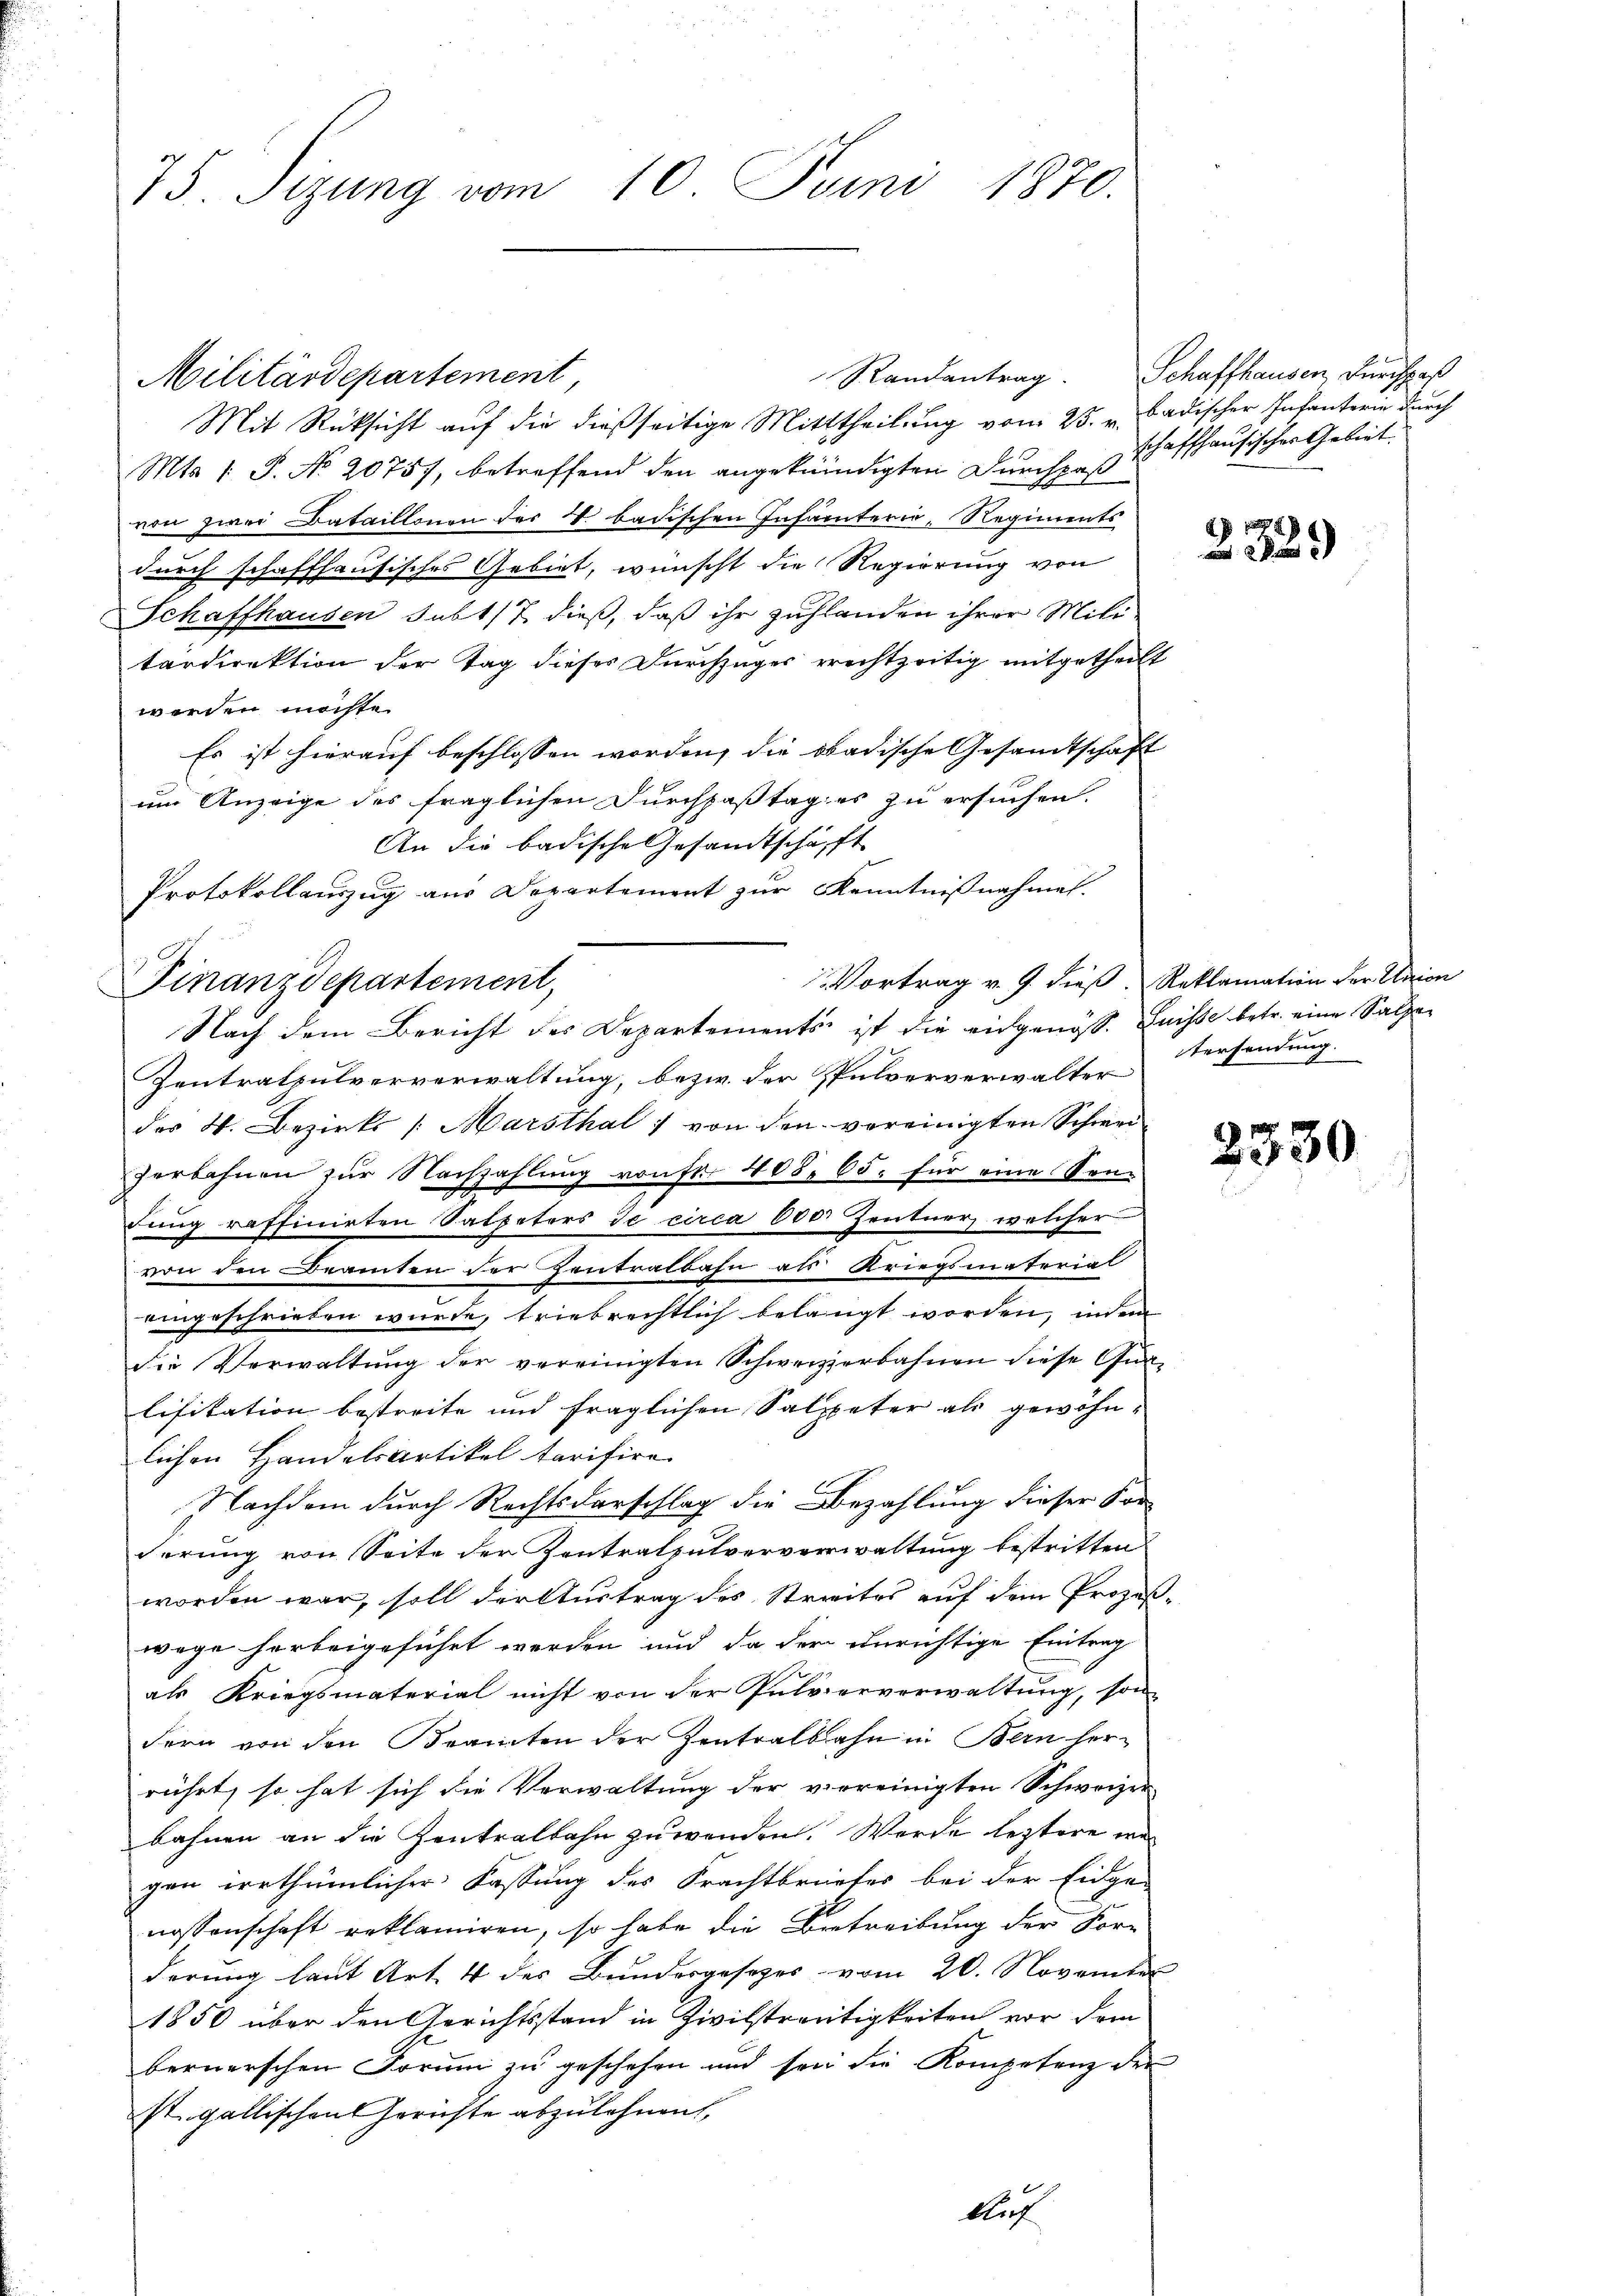
75. Sizung vom 10. Juni 1870.

Militärdepartement
Mit Rücksicht auf die dießseitige Mitttheilung vom 25. v. Badischer Infanterie durch
Mts. 1. P. No 20757, betreffend den angekündigten Durchpaß
von zwei Bataillonen der 4. badischen Infanterie-Regiments
durch schaffhausisches Gebiet, wünscht die Regierung von
Schaffhausen subt/7 dieß, daß ihr zuhlanden ihrer Militärdirektion der Tag dieses Durchzuger erechtzeitig mitgetheilt
werden möchte.
Es ist hierauf beschlossen worden, die obadische Gesandtschaft
um Anzeige des fraglichen Durchpaßtag es zu ersuchen.
An die badische Gesandtschäft
Protokollauszug aus Departement zur Kenntnißnahmen.
Nach dem Bericht des Departements ist die eidgenöss. Luisse betr. eine Salzen
Zentralpulververwaltung, bezw. der Pulververwalter
des H. Bezirks /: Marsthal 1 von den vereinigten Schwei-
zerbahnen zur Nachzahlung von Fr. 408. 65. für eine Son-
dung raffinirten Satpeters de circa 600 Zentner welcher
von den Beamten der Zentralbahn als Kriegsmaterial
eingeschrieben wurde, triebrechtlich belangt worden, indem
die Verwaltŭng der vereinigten Schweizerbahnen diese Gun-
lifikation bestreite und fraglichen Salpeter als gewöhnlichen Handelsartikel tarifire.
Nachdem durch Rechtsdarschlag die Bezahlung dieser Kor-
derung von Seite der Zentralpulververwaltung bestritten
worden war, soll der Austrag des Streites auf dem Prozeßwege herbeigeführt werden und da der unrichtige Eintrag
als Kriegsmaterial nicht von der Pulververwaltung, son
dern von den Beamten der Zentralbahn in Bern her-
rührt, so hat sich die Verwaltung der verreinigten Schweizer
bahnen an die Zentralbahn zuwenden. Werde leztere we
gen irrthümlicher Fassung des Krachtbriefes bei der Eidge-
nossenschaft reklamiren, so habe die Betreibung der For-
derung laut Art. 4 des Bundergesetzes vom 20. November
1850 über den Gerichtsstand in Zivilstreitigkeiten vor dem
bernerschen Forum zu geschehen und sein die Kompetenz der
st. gallischen Gerichte abzulehnen,
blich

Finanzdepartement,

Randantrag

Schaffhausen, Durchpaß
schaffhausischer Gebiet.

2329

Vortrag v. J. dieß, Reklamation der Union
tersendung.

2330